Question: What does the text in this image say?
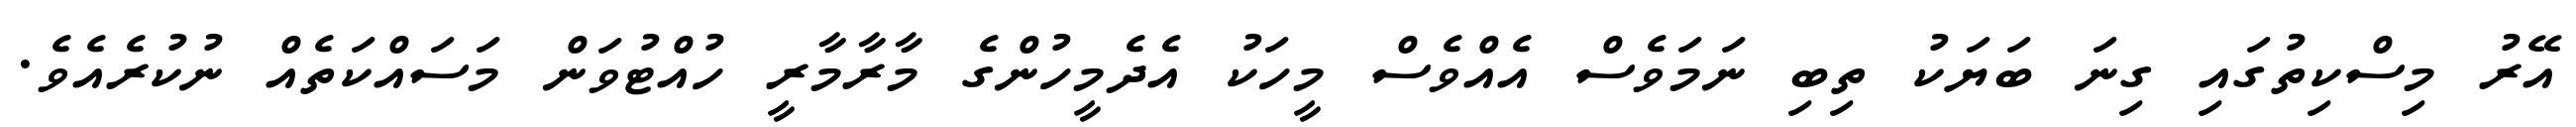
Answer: އޭރު މިސްކިތުގައި ގިނަ ބަޔަކު ތިބި ނަމަވެސް އެއްވެސް މީހަކު އެދެމީހުންގެ މާރާމާރީ ހުއްޓުވަން މަސައްކަތެއް ނުކުރެއެވެ.